Annual report of the Bengal Veterinary College and of the Civil Veterinary Department, Bengal, for the year 1899-1900 - 1899-1900
Year: 1899
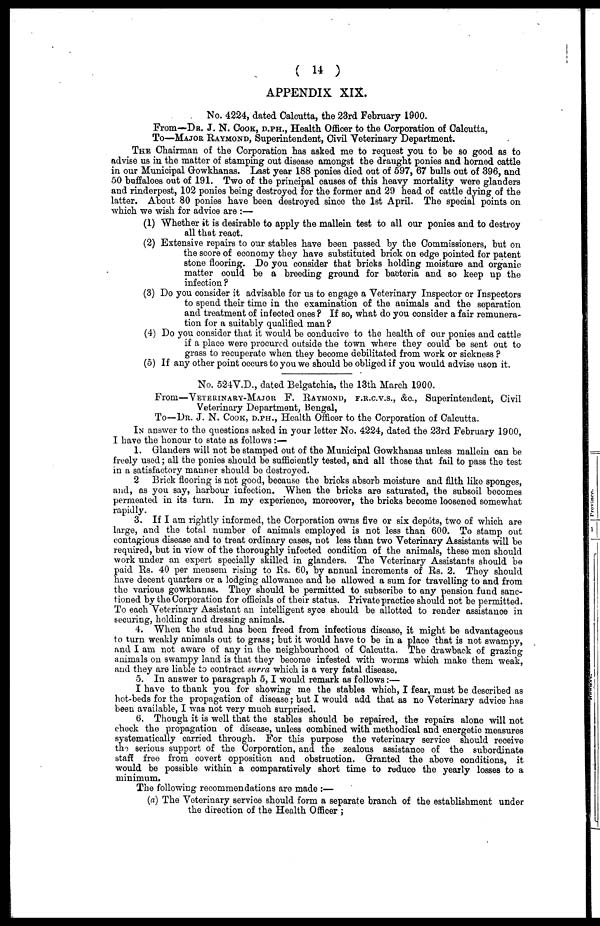
( 14 )
APPENDIX XIX.
No. 4224, dated Calcutta, the 23rd February 1900.
From—Dr. J. N. Cook, d.ph., Health Officer to the Corporation of Calcutta,
To—Major Raymond, Superintendent, Civil Veterinary Department.
The Chairman of the Corporation has asked me to request you to be so good as to
advise us in the matter of stamping out disease amongst the draught ponies and horned cattle
in our Municipal Gowkhanas. Last year 188 ponies died out of 597, 67 bulls out of 396, and
50 buffaloes out of 191. Two of the principal causes of this heavy mortality were glanders
and rinderpest, 102 ponies being destroyed for the former and 29 head of cattle dying of the
latter. About 80 ponies have been destroyed since the 1st April. The special points on
which we wish for advice are :—
(1) Whether it is desirable to apply the mallein test to all our ponies and to destroy
all that react.
(2) Extensive repairs to our stables have been passed by the Commissioners, but on
the score of economy they have substituted brick on edge pointed for patent
stone flooring. Do you consider that bricks holding moisture and organic
matter could be a breeding ground for bacteria and so keep up the
infection ?
(3) Do you consider it advisable for us to engage a Veterinary Inspector or Inspectors
to spend their time in the examination of the animals and the separation
and treatment of infected ones? If so, what do you consider a fair remunera-
tion for a suitably qualified man?
(4) Do you consider that it would be conducive to the health of our ponies and cattle
if a place were procured outside the town where they could be sent out to
grass to recuperate when they become debilitated from work or sickness?
(5) If any other point occurs to you we should be obliged if you would advise uson it.
No. 524V.D., dated Belgatchia, the 13th March 1900.
From—Veterinary-Major F. Eaymond, f.r.c.v.s., &c., Superintendent, Civil
Veterinary Department, Bengal,
To—Dr. J. N. Cook, d.ph., Health Officer to the Corporation of Calcutta.
In answer to the questions asked in your letter No. 4224, dated the 23rd February 1900,
I have the honour to state as follows:—
1. Glanders will not be stamped out of the Municipal Gowkhanas unless mallein can be
freely used; all the ponies should be sufficiently tested, and all those that fail to pass the test
in a satisfactory manner should be destroyed.
2 Brick flooring is not good, because the bricks absorb moisture and filth like sponges,
and, as you say, harbour infection. When the bricks are saturated, the subsoil becomes
permeated in its turn. In my experience, moreover, the bricks become loosened somewhat
rapidly.
3. If I am rightly informed, the Corporation owns five or six depots, two of which are
large, and the total number of animals employed is not less than 600. To stamp out
contagious disease and to treat ordinary cases, not less than two Veterinary Assistants will be
required, but in view of the thoroughly infected condition of the animals, these men should
work under an expert specially skilled in glanders. The Veterinary Assistants should be
paid Rs. 40 per mensem rising to Rs. 60, by annual increments of Rs. 2. They should
have decent quarters or a lodging allowance and be allowed a sum for travelling to and from
the various gowkhanas. They should be permitted to subscribe to any pension fund sanc-
tioned by the Corporation for officials of their status. Private practice should not be permitted
To each Veterinary Assistant an intelligent syce should be allotted to render assistance in
securing, holding and dressing animals.
4. When the stud has been freed from infectious disease, it might be advantageous
to turn weakly animals out to grass; but it would have to be in a place that is not swampy,
and I am not aware of any in the neighbourhood of Calcutta. The drawback of grazing
animals on swampy land is that they become infested with worms which make them weak
and they are liable to contract surra which is a very fatal disease.
5. In answer to paragraph 5, I would remark as follows:—
I have to thank you for showing me the stables which, I fear, must be described as
hot-beds for the propagation of disease; but I would add that as no Veterinary advice has
been available, I was not very much surprised.
6. Though it is well that the stables should be repaired, the repairs alone will no
check the propagation of disease, unless combined with methodical and energetic measures
systematically carried through. For this purpose the veterinary service should receive
the serious support of the Corporation, and the zealous assistance of the subordinate
staff free from covert opposition and obstruction. Granted the above conditions, it
would be possible within a comparatively short time to reduce the yearly losses to a
minimum.
The following recommendations are made:—
(a) The Veterinary service should form a separate branch of the establishment under
the direction of the Health Officer;